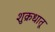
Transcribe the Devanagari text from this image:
शुक्रधातू